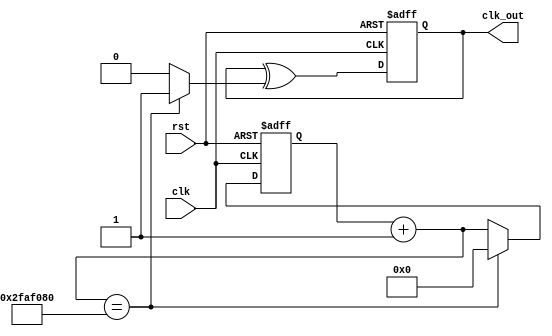
module frequency_divider_n(clk, rst, clk_out);
output clk_out;
input clk, rst;
reg clk_out;
reg clk_out_tmp;
reg T;
reg [26:0] q_tmp;
reg [26:0] q;

always @*
begin        
    q_tmp = q + 27'd1;
    
    if (q_tmp == 27'd50000000) begin        //q has already count from 0 to 49999999(50M times)
        q_tmp = 27'd0;
        T = 1'b1;
    end
    else
        T = 1'b0;
    
    clk_out_tmp = clk_out ^ T;
end

always @(posedge clk or negedge rst)    //D-FF for counter
begin
    if (~rst)
        q <= 27'd0;
    else
        q <= q_tmp;
end

always @(posedge clk or negedge rst)    //T-FF
begin
    if (~rst)
        clk_out <= 1'b0;
    else
        clk_out <= clk_out_tmp;
end

endmodule